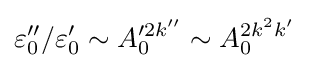
\varepsilon _{0}''/\varepsilon _{0}'\sim A_{0}'^{2k''}\sim A_{0}^{2k^{2}k'}